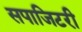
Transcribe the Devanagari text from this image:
सपाजिटरी